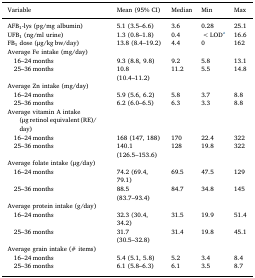
<table><thead><tr><td><b>Variable</b></td><td><b>Mean (95% CI)</b></td><td><b>Median</b></td><td><b>Min</b></td><td><b>Max</b></td></tr></thead><tbody><tr><td>AFB<sub>1</sub>-lys (pg/mg albumin)</td><td>5.1 (3.5–6.6)</td><td>3.6</td><td>0.28</td><td>25.1</td></tr><tr><td>UFB<sub>1</sub> (ng/ml urine)</td><td>1.3 (0.8–1.8)</td><td>0.4</td><td>&lt;LODa</td><td>16.6</td></tr><tr><td>FB<sub>1</sub> dose (μg/kg bw/day)</td><td>13.8 (8.4–19.2)</td><td>4.4</td><td>0</td><td>162</td></tr><tr><td>Average Fe intake (mg/day)</td><td></td><td></td><td></td><td></td></tr><tr><td> 16–24 months</td><td>9.3 (8.8, 9.8)</td><td>9.2</td><td>5.8</td><td>13.1</td></tr><tr><td> 25–36 months</td><td>10.8 (10.4–11.2)</td><td>11.2</td><td>5.5</td><td>14.8</td></tr><tr><td>Average Zn intake (mg/day)</td><td></td><td></td><td></td><td></td></tr><tr><td> 16–24 months</td><td>5.9 (5.6, 6.2)</td><td>5.8</td><td>3.7</td><td>8.8</td></tr><tr><td> 25–36 months</td><td>6.2 (6.0–6.5)</td><td>6.3</td><td>3.3</td><td>8.8</td></tr><tr><td>Average vitamin A intake (μg retinol equivalent (RE)/day)</td><td></td><td></td><td></td><td></td></tr><tr><td> 16–24 months</td><td>168 (147, 188)</td><td>170</td><td>22.4</td><td>322</td></tr><tr><td> 25–36 months</td><td>140.1 (126.5–153.6)</td><td>128</td><td>19.8</td><td>322</td></tr><tr><td>Average folate intake (μg/day)</td><td></td><td></td><td></td><td></td></tr><tr><td> 16–24 months</td><td>74.2 (69.4, 79.1)</td><td>69.5</td><td>47.5</td><td>129</td></tr><tr><td> 25–36 months</td><td>88.5 (83.7–93.4)</td><td>84.7</td><td>34.8</td><td>145</td></tr><tr><td>Average protein intake (g/day)</td><td></td><td></td><td></td><td></td></tr><tr><td> 16–24 months</td><td>32.3 (30.4, 34.2)</td><td>31.5</td><td>19.9</td><td>51.4</td></tr><tr><td> 25–36 months</td><td>31.7 (30.5–32.8)</td><td>31.4</td><td>19.8</td><td>45.1</td></tr><tr><td>Average grain intake (# items)</td><td></td><td></td><td></td><td></td></tr><tr><td> 16–24 months</td><td>5.4 (5.1, 5.8)</td><td>5.2</td><td>3.4</td><td>8.4</td></tr><tr><td> 25–36 months</td><td>6.1 (5.8–6.3)</td><td>6.1</td><td>3.5</td><td>8.7</td></tr></tbody></table>